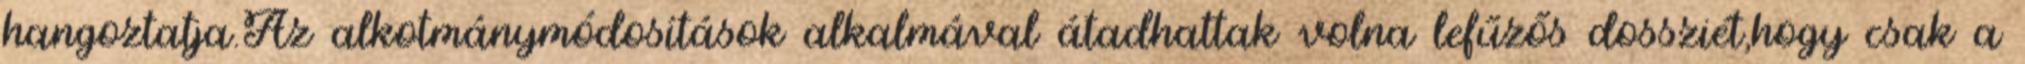
hangoztatja.Az alkotmánymódosítások alkalmával átadhattak volna lefűzős dossziét,hogy csak a